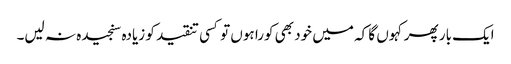
ایک بار پھر کہوں گا کہ میں خود بھی کورا ہوں تو کسی تنقید کو زیادہ سنجیدہ نہ لیں۔